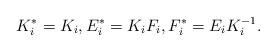
LaTeX: \begin{align*}K_{i}^{*} = K_{i}, E_{i}^{*} = K_{i} F_{i}, F_{i}^{*} = E_{i} K_{i}^{-1}.\end{align*}